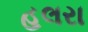
હલરા